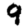
Digit: 9